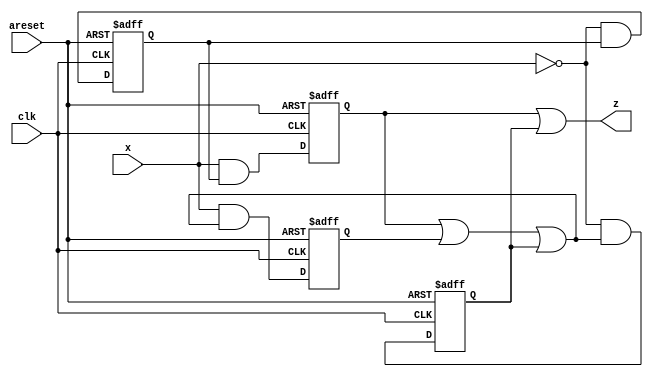
module top_module (
    input clk,
    input areset,
    input x,
    output z
); 

    reg buf0_stt, buf1_stt, not0_stt, not1_stt;
    reg n_buf0, n_buf1, n_not0, n_not1;

    always @(*) begin
        n_buf0 = (~x) & buf0_stt;
        n_buf1 = (x) & buf0_stt;
        n_not0 = (x) & (buf1_stt | not0_stt | not1_stt);
        n_not1 = (~x) & (buf1_stt | not0_stt | not1_stt);
    end

    always @(posedge clk, posedge areset) begin
        if(areset) begin
            buf0_stt <= 1;
            buf1_stt <= 0;
            not0_stt <= 0;
            not1_stt <= 0;
        end
        else begin
            buf0_stt <= n_buf0;
            buf1_stt <= n_buf1;
            not0_stt <= n_not0;
            not1_stt <= n_not1;
        end
    end

    assign z = (buf1_stt | not1_stt);

endmodule